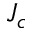
J _ { c }